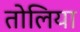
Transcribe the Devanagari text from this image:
तोलिया